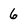
Character: 6